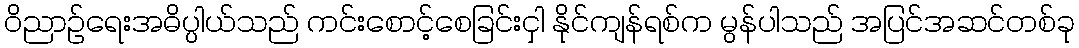
ဝိညာဉ်ရေးအဓိပ္ပါယ်သည် ကင်းစောင့်စေခြင်းငှါ နိုင်ကျန်ရစ်က မွန်ပါသည် အပြင်အဆင်တစ်ခု